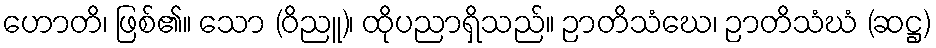
ဟောတိ၊ ဖြစ်၏။ သော (ဝိညူ)၊ ထိုပညာရှိသည်။ ဉာတိသံဃေ၊ ဉာတိသံဃံ (ဆဋ္ဌ)